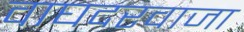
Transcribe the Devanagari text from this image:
वाघदरवाजा